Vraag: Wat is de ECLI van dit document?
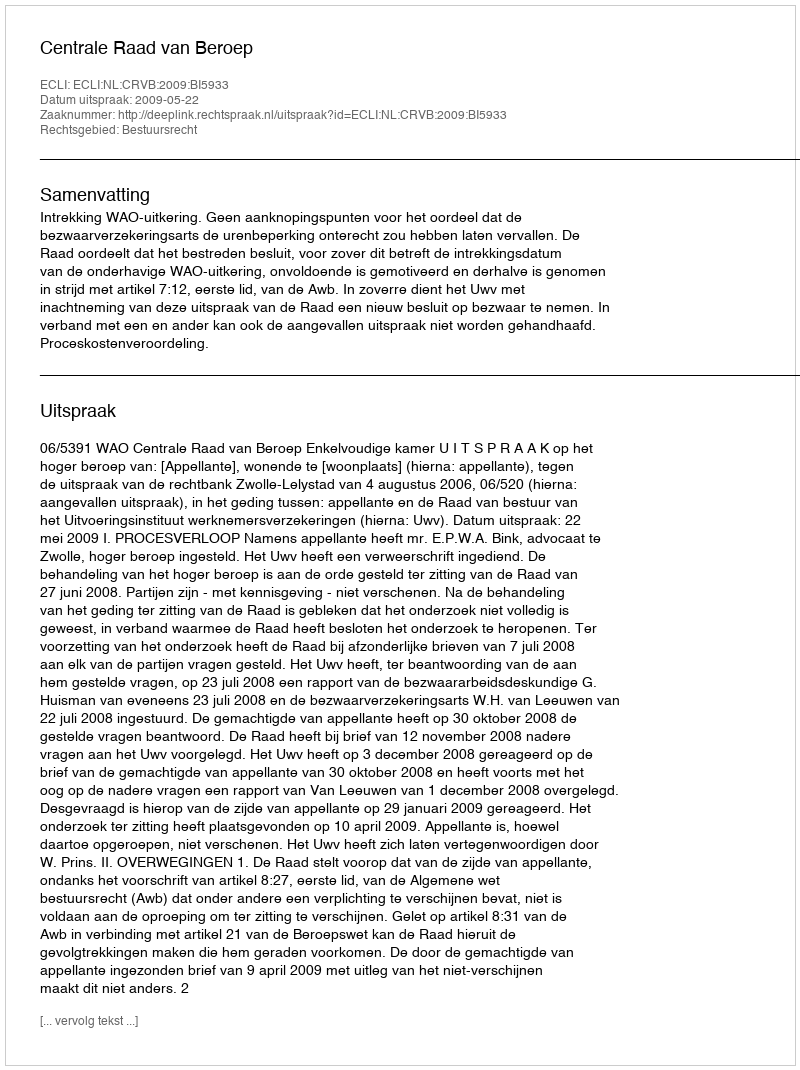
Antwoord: ECLI:NL:CRVB:2009:BI5933